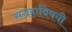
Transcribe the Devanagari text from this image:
संग्रहाविषयी